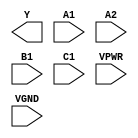
module sky130_fd_sc_hs__a211oi (
    Y   ,
    A1  ,
    A2  ,
    B1  ,
    C1  ,
    VPWR,
    VGND
);

    output Y   ;
    input  A1  ;
    input  A2  ;
    input  B1  ;
    input  C1  ;
    input  VPWR;
    input  VGND;
endmodule